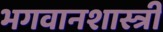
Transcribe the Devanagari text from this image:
भगवानशास्त्री